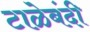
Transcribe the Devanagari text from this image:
टाळेबंदी